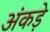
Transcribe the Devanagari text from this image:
अंकड़े